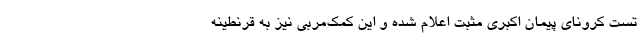
تست کرونای پیمان اکبری مثبت اعلام شده و این کمک‌مربی نیز به قرنطینه